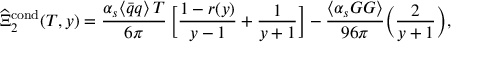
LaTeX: \widehat { \Xi } _ { 2 } ^ { \mathrm { c o n d } } ( T , y ) = { \frac { \alpha _ { s } \langle \bar { q } q \rangle \, T } { 6 \pi } } \, \bigg [ { \frac { 1 - r ( y ) } { y - 1 } } + { \frac { 1 } { y + 1 } } \bigg ] - { \frac { \langle \alpha _ { s } G G \rangle } { 9 6 \pi } } \bigg ( { \frac { 2 } { y + 1 } } \bigg ) ,